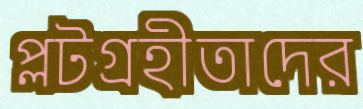
প্লটগ্রহীতাদের